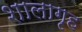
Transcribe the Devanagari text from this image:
शालागृह